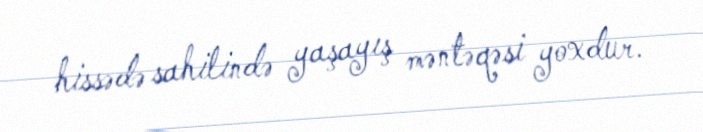
hissədə sahilində yaşayış məntəqəsi yoxdur.